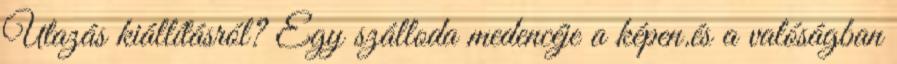
Utazás kiállításról? Egy szálloda medencéje a képen.és a valóságban